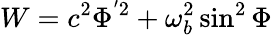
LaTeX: W=c^{2}\Phi^{'2}+\omega_{b}^{2}\sin^{2}\Phi